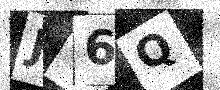
Text: JV6Q